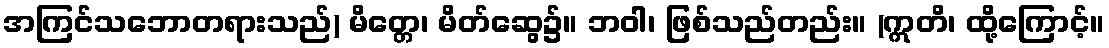
အကြင်သဘောတရားသည်) မိတ္တေ၊ မိတ်ဆွေ၌။ ဘဝါ၊ ဖြစ်သည်တည်း။ (ဣတိ၊ ထို့ကြောင့်။